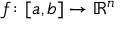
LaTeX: f \colon [ a , b ] \to \mathbb { R } ^ { n }